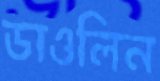
ডাওলিন